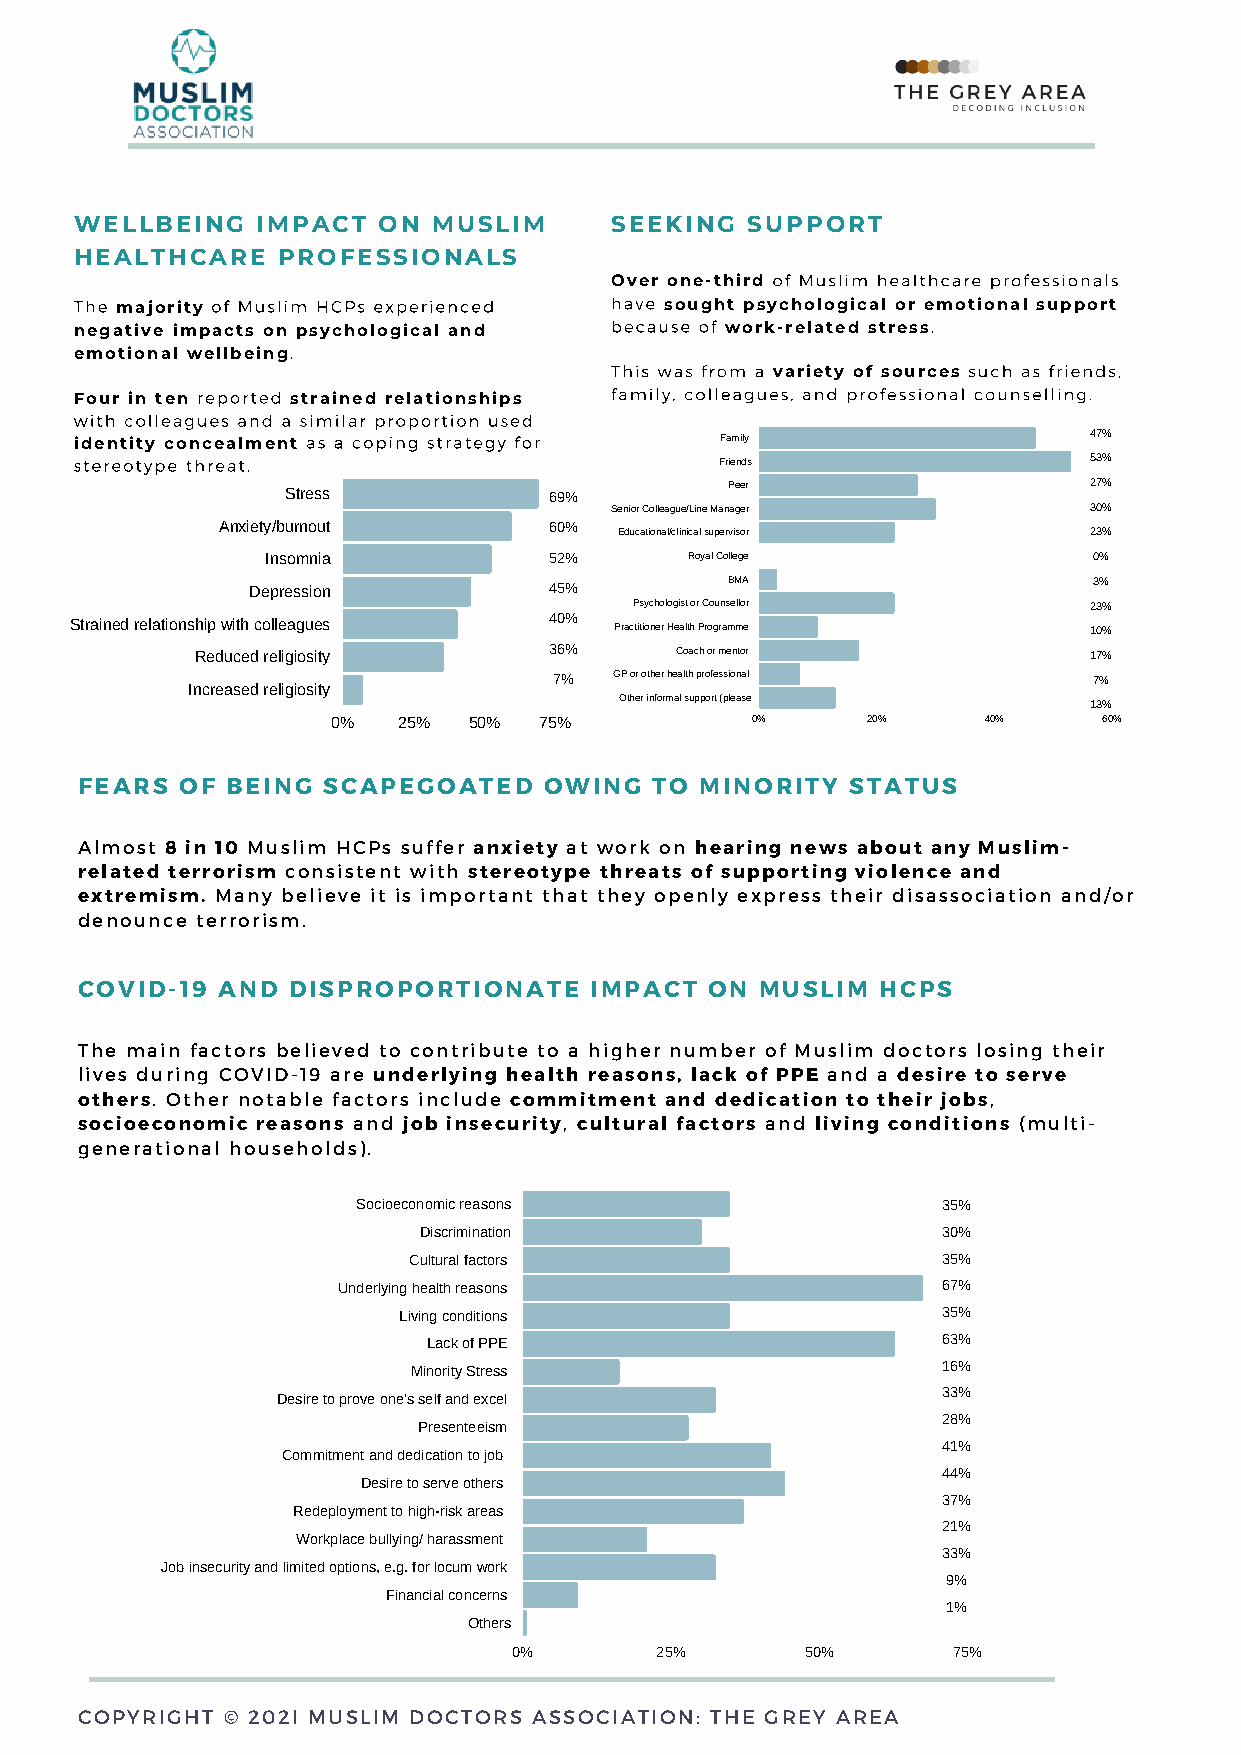
WELLBEING   IMPACT  ON  MUSLIM     SEEKING  SUPPORT
 HEALTHCARE   PROFESSIONALS
 Over one-third of Muslim healthcare professionals
 The majority of Muslim HCPs experienced have sought psychological or emotional support
 negative impacts on psychological and because of work-related stress.
 emotional wellbeing.
 This was from a variety of sources such as friends,
 Four in ten reported strained relationships family, colleagues, and professional counselling.
 with colleagues and a similar proportion used
 identity concealment as a coping strategy for Family               47%
 stereotype threat.                         Friends                 53%
 Stress           69%         Peer                    27%
 Senior Colleague/Line Manager   30%
 Anxiety/burnout       60%  Educational/clinical supervisor 23%
 Insomnia          52%       Royal College             0%
 Depression          45%         BMA                     3%
 Psychologist or Counsellor    23%
 Strained relationship with colleagues 40% Practitioner Health Programme 10%
 Reduced religiosity    36%      Coach or mentor            17%
 7%  GP or other health professional 7%
 Increased religiosity
 Other informal support (please
 13%
 0%  25%  50%  75%           0%     20%     40%     60%
 FEARS  OF BEING SCAPEGOATED    OWING  TO MINORITY  STATUS
 Almost 8 in 10 Muslim HCPs suffer anxiety at work on hearing news about any Muslim-
 related terrorism consistent with stereotype threats of supporting violence and
 extremism. Many believe it is important that they openly express their disassociation and/or
 denounce terrorism.
 COVID-19 AND  DISPROPORTIONATE    IMPACT  ON MUSLIM  HCPS
 The main factors believed to contribute to a higher number of Muslim doctors losing their
 lives during COVID-19 are underlying health reasons, lack of PPE and a desire to serve
 others. Other notable factors include commitment and dedication to their jobs,
 socioeconomic reasons and job insecurity, cultural factors and living conditions (multi-
 generational households).
 Socioeconomic reasons                 35%
 Discrimination                    30%
 Cultural factors                   35%
 Underlying health reasons               67%
 Living conditions                   35%
 Lack of PPE                       63%
 Minority Stress                    16%
 33%
 Desire to prove one's self and excel
 28%
 Presenteeism
 41%
 Commitment and dedication to job
 44%
 Desire to serve others
 37%
 Redeployment to high-risk areas
 21%
 Workplace bullying/ harassment
 33%
 Job insecurity and limited options, e.g. for locum work
 9%
 Financial concerns
 1%
 Others
 0%       25%       50%       75%
 COPYRIGHT © 202I MUSLIM DOCTORS ASSOCIATION: THE GREY AREA